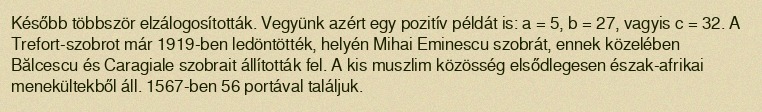
Később többször elzálogosították. Vegyünk azért egy pozitív példát is: a = 5, b = 27, vagyis c = 32. A Trefort-szobrot már 1919-ben ledöntötték, helyén Mihai Eminescu szobrát, ennek közelében Bălcescu és Caragiale szobrait állították fel. A kis muszlim közösség elsődlegesen észak-afrikai menekültekből áll. 1567-ben 56 portával találjuk.